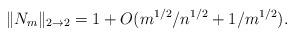
LaTeX: \begin{align*} \|N_m\|_{2\to 2} = 1 + O(m^{1/2}/n^{1/2} + 1/m^{1/2}).\end{align*}